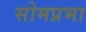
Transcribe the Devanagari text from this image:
सोमप्रभा